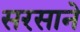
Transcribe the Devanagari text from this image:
सरसाने